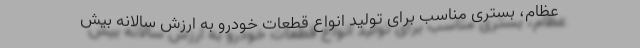
عظام، بستری مناسب برای تولید انواع قطعات خودرو به ارزش سالانه بیش